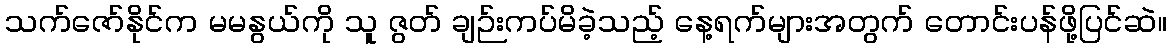
သက်ဇော်နိုင်က မမနွယ်ကို သူ ဇွတ် ချဉ်းကပ်မိခဲ့သည့် နေ့ရက်များအတွက် တောင်းပန်ဖို့ပြင်ဆဲ။